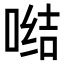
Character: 𭉗